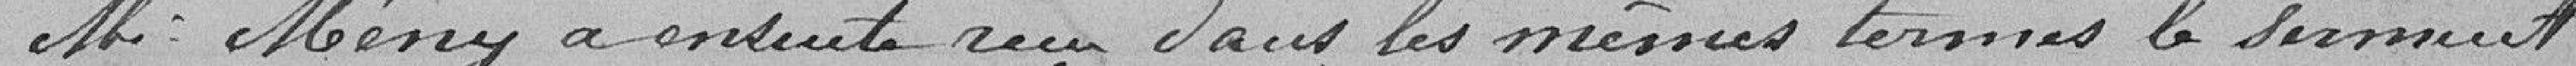
M. Mény a ensuite reçu dans les mêmes termes le serment